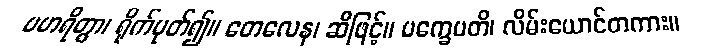
ပဟရိတွာ၊ ရိုက်ပုတ်၍။ တေလေန၊ ဆီဖြင့်။ ပက္ခေပတိ၊ လိမ်းယောင်တကား။